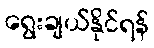
ရွေးချယ်နိုင်ရန်